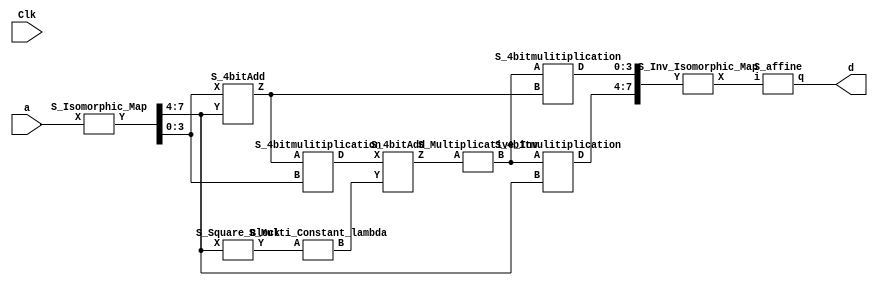
module aes_sbox(Clk,a,d); 
  input Clk;
  input [7:0]a;  
  output reg [7:0]d;
  wire  [7:0]outa;

  wire [3:0]C,Dd,E,F,G,I,J,H,M,N;  
  wire [7:0]B,O,P;  
  assign C=B[7:4];  
  assign Dd=B[3:0];  
  assign O[7:4]=M;  
  assign O[3:0]=N;

  always @ (Clk)
    d= outa;

    
   S_Isomorphic_Map S1(.X(a),.Y(B));
   S_Square_Block S2(.X(C),.Y(E));
   S_4bitAdd S3(.X(Dd),.Y(C),.Z(F));
   S_4bitmulitiplication S4(.A(F),.B(Dd),.D(G));
   S_4bitAdd S5(.X(G),.Y(H),.Z(I));
   S_Multi_Constant_lambda S6(.A(E),.B(H));
   S_Multiplicative_Inv S7(.A(I),.B(J));
   S_4bitmulitiplication S8(.A(J),.B(C),.D(M));
   S_4bitmulitiplication S9(.A(J),.B(F),.D(N));   
   S_Inv_Isomorphic_Map S10(.Y(O),.X(P));  
   S_affine S11(.i(P),.q(outa));   
    
  endmodule

    



module S_4bitAdd(X,Y,Z);
  
  input[3:0]X,Y;
  
  output [3:0]Z;
  
  xor x1(Z[0],X[0],Y[0]);
  
  xor x2(Z[1],X[1],Y[1]);
  
  xor x3(Z[2],X[2],Y[2]);
  
  xor x4(Z[3],X[3],Y[3]);
  
endmodule   

module S_4bitmulitiplication(A,B,D);
  
  input [3:0]A,B;
  
  output [3:0]D;
  
  wire [1:0]x,y,p,q,r,s;
  


S_2bitAdd V2 (
             .X(A[3:2]), 
             .Y(A[1:0]), 
             .Z(x)
             );
    
S_2bitAdd V3 (
             .X(B[3:2]), 
             .Y(B[1:0]), 
             .Z(y)
             );
    
S_2bitAdd  V4 (
               .X(q), 
               .Y(r), 
               .Z(D[3:2])
               );
    
S_2bitAdd V5 (
              .X(r), 
              .Y(s), 
              .Z(D[1:0])
              );

S_2BitMulitiplication V6 (
    .X(A[3:2]), 
    .Y(B[3:2]), 
    .Z(p)
    );
    
 S_Multi_Constant V1 (
                     .X(p), 
                     .Y(s)
                     );
       

S_2BitMulitiplication V7 (
    .X(x), 
    .Y(y), 
    .Z(q)
    );
    
S_2BitMulitiplication V8 (
    .X(A[1:0]), 
    .Y(B[1:0]), 
    .Z(r)
    );
    
endmodule


module S_affine(i,q);

  input [7:0]i;

  output [7:0]q;

  assign q[7]=(i[7]^i[6]^i[5]^i[4]^i[3]);
  assign q[6]=~(i[6]^i[5]^i[4]^i[3]^i[2]);
  assign q[5]=~(i[5]^i[4]^i[3]^i[2]^i[1]);
  assign q[4]=(i[4]^i[3]^i[2]^i[1]^i[0]);
  assign q[3]=(i[7]^i[3]^i[2]^i[1]^i[0]);
  assign q[2]=(i[7]^i[6]^i[2]^i[1]^i[0]);
  assign q[1]=~(i[7]^i[6]^i[5]^i[1]^i[0]);
  assign q[0]=~(i[7]^i[6]^i[5]^i[4]^i[0]);

endmodule


module S_Isomorphic_Map(X,Y);
  
  input [7:0]X;
  
  output [7:0]Y;
  
  assign Y[7]=X[7]^X[5];
  
  assign Y[6]=X[7]^X[6]^X[4]^X[3]^X[2]^X[1];
  
  assign Y[5]=X[7]^X[5]^X[3]^X[2];
  
  assign Y[4]=X[7]^X[5]^X[3]^X[2]^X[1];
  
  assign Y[3]=X[7]^X[6]^X[2]^X[1];
  
  assign Y[2]=X[7]^X[4]^X[3]^X[2]^X[1];
  
  assign Y[1]=X[6]^X[4]^X[1];
  
  assign Y[0]=X[6]^X[1]^X[0];
  
endmodule


module S_2bitAdd(X,Y,Z);
  
  input[1:0]X,Y;
  
  output [1:0]Z;
  
  xor x1(Z[0],X[0],Y[0]);
  
  xor x2(Z[1],X[1],Y[1]);
  
endmodule

module S_2BitMulitiplication(X,Y,Z);
  
  input [1:0]X,Y;
  
  output [1:0]Z;
  
  wire c,d,e,f,g;
  
  and a1(e,X[1],Y[1]);
  and a2(f,c,d);
  and a3(g,X[0],Y[0]);
  xor x1(c,X[1],X[0]);
  xor x2(d,Y[0],Y[1]);
  xor x3(Z[1],f,g);
  xor x4(Z[0],e,g);
endmodule

module S_Square_Block(X,Y);
  input [3:0]X;
  output [3:0]Y;
wire c;  
xor x1(c,X[0],X[1]);
xor x2(Y[1],X[1],X[2]);
xor x3(Y[2],X[2],X[3]);
xor x4(Y[0],X[3],c);
assign Y[3]=X[3];
endmodule



module S_Multiplicative_Inv(A,B);
  input [3:0]A;
  output [3:0]B;
  wire [3:0]a,b,c,d;
  
S_Square_Block VA1 (
    .X(A), 
    .Y(a)
    );

S_Square_Block VA2 (
    .X(a), 
    .Y(b)
    );

S_Square_Block VA3 (
    .X(b), 
    .Y(c)
    );

S_4bitmulitiplication VA4 (
    .A(a), 
    .B(b), 
    .D(d)
    );

S_4bitmulitiplication VA5 (
    .A(d), 
    .B(c), 
    .D(B)
    );

endmodule 

module S_Multi_Constant(X,Y);
  input [1:0]X;
  output[1:0]Y;
  xor x1(Y[1],X[0],X[1]);
  assign Y[0]=X[1];
endmodule

module S_Multi_Constant_lambda(A,B);
  
  input [3:0]A;
  output [3:0]B;
  
  xor x1(c,A[1],A[3]);
  xor x2(d,A[0],A[2]);
  xor x3(e,d,c);
  assign B[0]=A[2];
  assign B[1]=A[3];
  assign B[2]=e;
  assign B[3]=d;
  
endmodule

module S_Inv_Isomorphic_Map(Y,X);
  
  input [7:0]Y;
  
  output [7:0]X;
  
  assign X[7]=Y[7]^Y[6]^Y[5]^Y[1];
  
  assign X[6]=Y[6]^Y[2];
  
  assign X[5]=Y[6]^Y[5]^Y[1];
  
  assign X[4]=Y[6]^Y[5]^Y[4]^Y[2]^Y[1];
  
  assign X[3]=Y[5]^Y[4]^Y[3]^Y[2]^Y[1];
  
  assign X[2]=Y[7]^Y[4]^Y[3]^Y[2]^Y[1];
  
  assign X[1]=Y[5]^Y[4];
  
  assign X[0]=Y[6]^Y[5]^Y[4]^Y[2]^Y[0];
  
endmodule